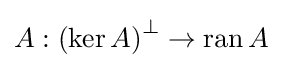
A:\left(\ker A\right)^{\perp }\to \operatorname {ran} A